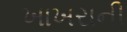
ખાખરાની